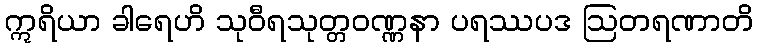
ဣရိယာ ခါရေဟိ သုဝီရသုတ္တဝဏ္ဏနာ ပရဿပဒ ဩတရဏာတိ